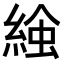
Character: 𧌢